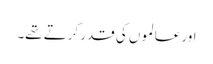
اور عالموں کی قدر کرتے تھے۔